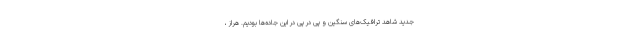
جدید شاهد ترافیک‌های سنگین و پی در پی در این جاده‌ها بودیم. هراز ،